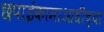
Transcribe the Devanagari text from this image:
छपाईकामाआधीच्या